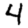
Digit: 4